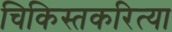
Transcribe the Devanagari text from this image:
चिकिस्तकरित्या